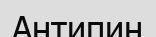
Антипин